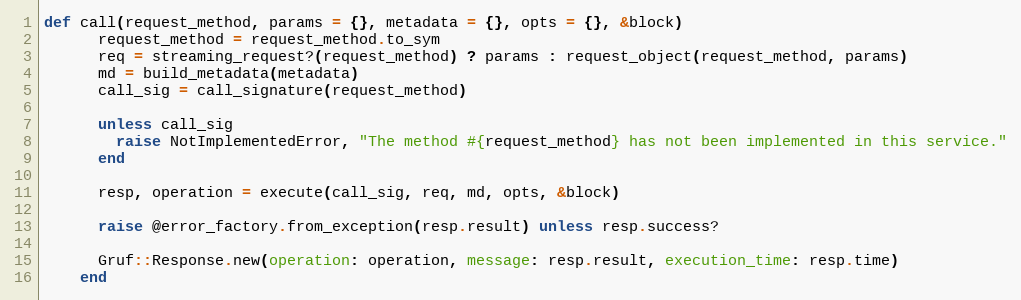
Language: Ruby
def call(request_method, params = {}, metadata = {}, opts = {}, &block)
      request_method = request_method.to_sym
      req = streaming_request?(request_method) ? params : request_object(request_method, params)
      md = build_metadata(metadata)
      call_sig = call_signature(request_method)

      unless call_sig
        raise NotImplementedError, "The method #{request_method} has not been implemented in this service."
      end

      resp, operation = execute(call_sig, req, md, opts, &block)

      raise @error_factory.from_exception(resp.result) unless resp.success?

      Gruf::Response.new(operation: operation, message: resp.result, execution_time: resp.time)
    end